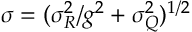
\sigma = ( \sigma _ { R } ^ { 2 } / g ^ { 2 } + \sigma _ { Q } ^ { 2 } ) ^ { 1 / 2 }